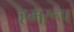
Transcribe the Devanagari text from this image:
हमरूप